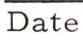
Date